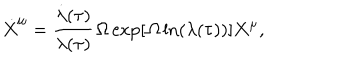
\dot { X } ^ { \mu } = \frac { \dot { \lambda } ( \tau ) } { \lambda ( \tau ) } { \mit \Omega } \exp [ { \mit \Omega } \ln ( \lambda ( \tau ) ) ] X ^ { \mu } ,